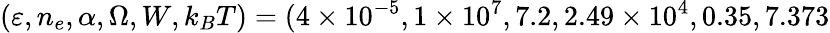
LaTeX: (\varepsilon,n_{e},\alpha,\Omega,W,k_{B}T)=(4\times 10^{-5},1\times 10^{7},7.2,2.49\times 10^{4},0.35,7.373